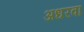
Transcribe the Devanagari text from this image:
अधरवा